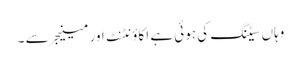
وہاں سیٹنگ کی ہوئی ہے اکاؤنٹنٹ اور مینیجر سے ۔